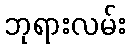
ဘုရားလမ်း